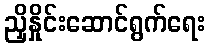
ညှိနှိုင်းဆောင်ရွက်ရေး